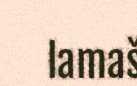
lamaš